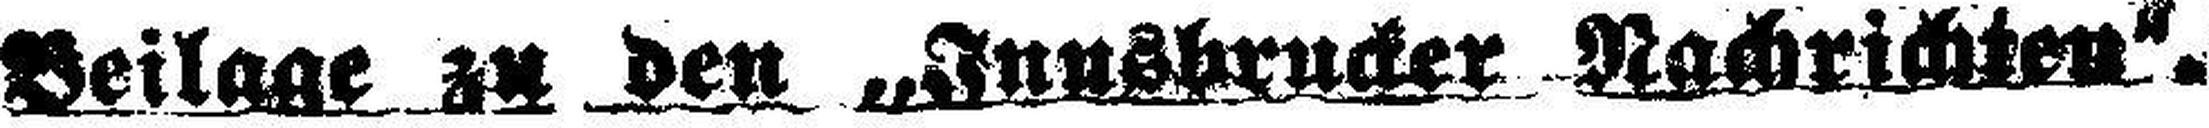
SetlftflC äU den «JnuMyucker WgchriM-L«.